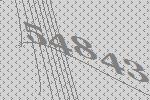
54843